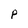
Character: P